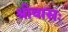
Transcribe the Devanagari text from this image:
श्रीवासः